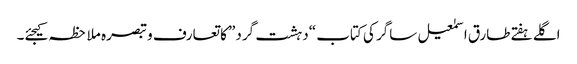
اگلے ہفتےطارق اسمٰعیل ساگر کی کتاب “دہشت گرد” کا تعارف و تبصرہ ملاحظہ کیجئے۔